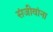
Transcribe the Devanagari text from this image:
संजीवांना